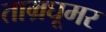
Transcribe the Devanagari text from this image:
ताम्रघूमर